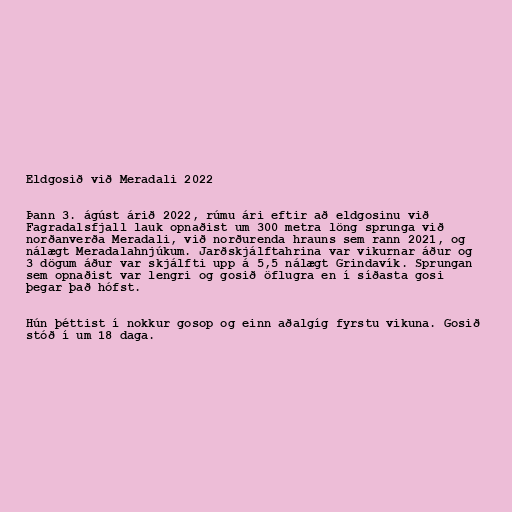
Eldgosið við Meradali 2022

Þann 3. ágúst árið 2022, rúmu ári eftir að eldgosinu við
Fagradalsfjall lauk opnaðist um 300 metra löng sprunga við
norðanverða Meradali, við norðurenda hrauns sem rann 2021, og
nálægt Meradalahnjúkum. Jarðskjálftahrina var vikurnar áður og
3 dögum áður var skjálfti upp á 5,5 nálægt Grindavík. Sprungan
sem opnaðist var lengri og gosið öflugra en í síðasta gosi
þegar það hófst.

Hún þéttist í nokkur gosop og einn aðalgíg fyrstu vikuna. Gosið
stóð í um 18 daga.